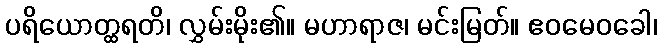
ပရိယောတ္ထရတိ၊ လွှမ်းမိုး၏။ မဟာရာဇ၊ မင်းမြတ်။ ဧဝမေဝခေါ၊